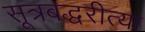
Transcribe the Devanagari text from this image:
सूत्रबद्धरीत्या